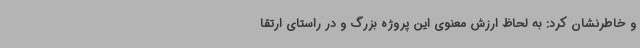
و خاطرنشان کرد: به لحاظ ارزش معنوی این پروژه بزرگ و در راستای ارتقا